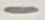
Text: -